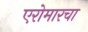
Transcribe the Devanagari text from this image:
एरोमारचा